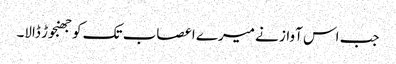
جب اس آواز نے میرے اعصاب تک کو جھنجوڑ ڈالا۔